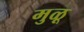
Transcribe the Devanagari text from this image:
मुळू